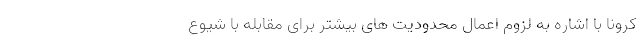
کرونا با اشاره به لزوم اعمال محدودیت های بیشتر برای مقابله با شیوع